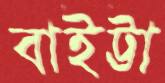
বাইট্টা